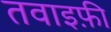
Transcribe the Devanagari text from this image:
तवाइफ़ी